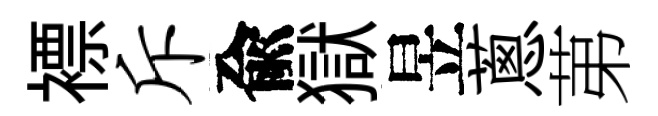
褾斥兪獄昱蔥苐